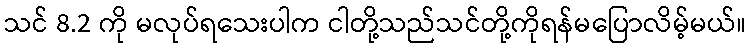
သင် 8.2 ကို မလုပ်ရသေးပါက ငါတို့သည်သင်တို့ကိုရန်မပြောလိမ့်မယ်။